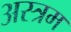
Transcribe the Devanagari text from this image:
अस्त्रम